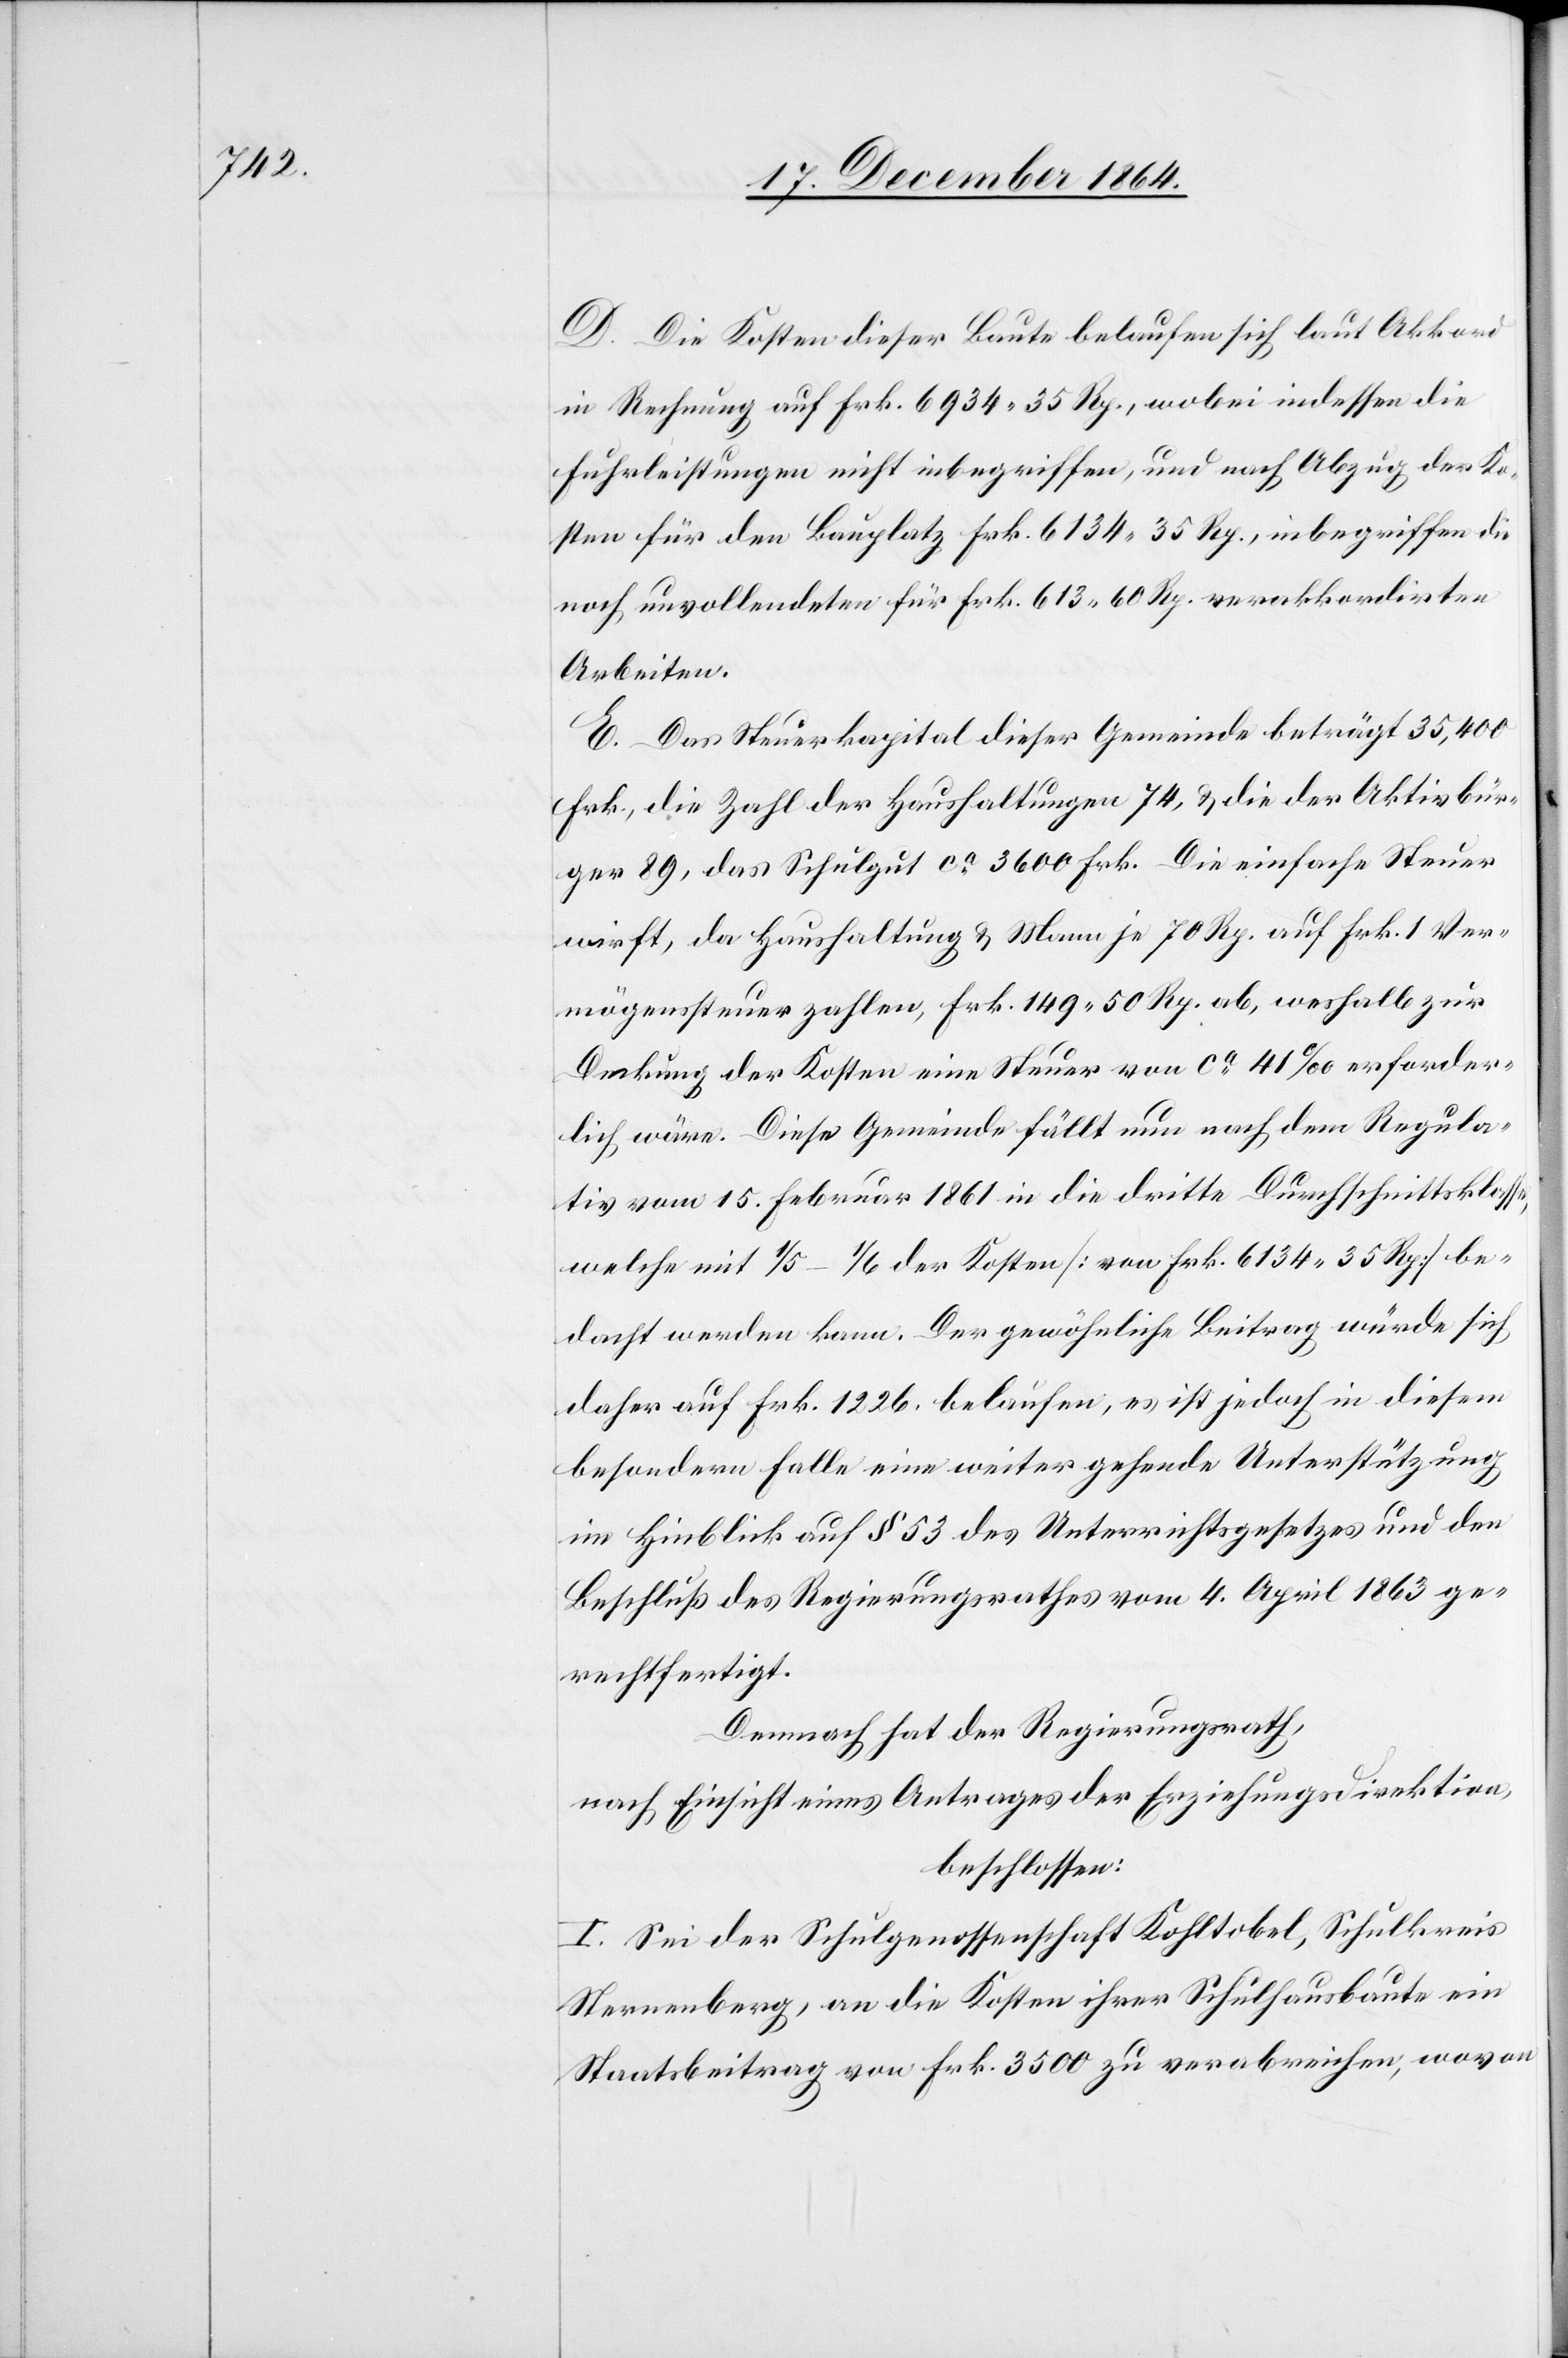
D. Die Kosten dieser Baute belaufen sich laut Akkord
in Rechnung auf Frk. 6934.35 Rp., wobei indessen die
Fuhrleistungen nicht inbegriffen, und nach Abzug der Ko¬
sten für den Bauplatz Frk. 6134.35 Rp., inbegriffen die
noch unvollendeten für Frk. 613.60 Rp. verakkordirten
Arbeiten.
E. Das Steuerkapital dieser Gemeinde beträgt 35,400
Frk., die Zahl der Haushaltungen 74, & die der Aktivbür¬
ger 89, das Schulgut ca 3600 Frk. Die einfache Steuer
wirft, da Haushaltung & Mann je 70 Rp. auf Frk. 1 Ver¬
mögenssteuer zahlen, Frk. 149.50 Rp. ab, weshalb zur
Deckung der Kosten eine Steuer von ca 41‰ erforder¬
lich wäre. Diese Gemeinde fällt nun nach dem Regula¬
tiv vom 15. Februar 1861 in die dritte Durchschnittsklasse,
welche mit 1/5–1/6 der Kosten [von Frk. 6134.35 Rp.] be¬
dacht werden kann. Der gewöhnliche Beitrag würde sich
daher auf Frk. 1226 belaufen, es ist jedoch in diesem
besondern Falle eine weiter gehende Unterstützung
im Hinblick auf § 53 des Unterrichtsgesetzes und den
Beschluß des Regierungsrathes vom 4. April 1863 ge¬
rechtfertigt.
Demnach hat der Regierungsrath,
nach Einsicht eines Antrages der Erziehungsdirektion,
beschlossen:
I. Sei der Schulgenossenschaft Kohltobel, Schulkreis
Sternenberg, an die Kosten ihrer Schulhausbaute eine
Staatsbeitrag von Frk. 3500 zu verabreichen, wovon